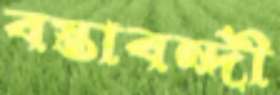
বস্তাবন্দী